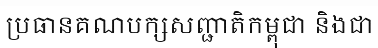
ប្រធានគណបក្សសញ្ជាតិកម្ពុជា និងជា